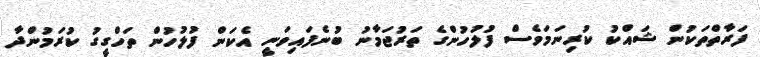
ފަރާތްތަކުން ޝައްކު ކުރިނަމަވެސް ފުލުހުންގެ ތަރުޖަމާނު ބުނެފައިވަނީ އެކަން ފުލުހުން ތަހްގީގު ކުރަމުންދާ